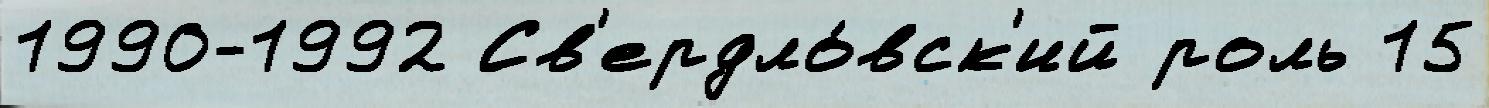
1990-1992 Св'ердло́вск'ий роль 15